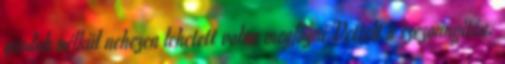
gondok nélkül nehezen lehetett volna megfogni Vettelt a szezonnyitón.